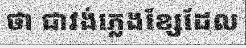
ថា ជាវង់ភ្លេងខ្សែដែល